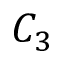
C _ { 3 }